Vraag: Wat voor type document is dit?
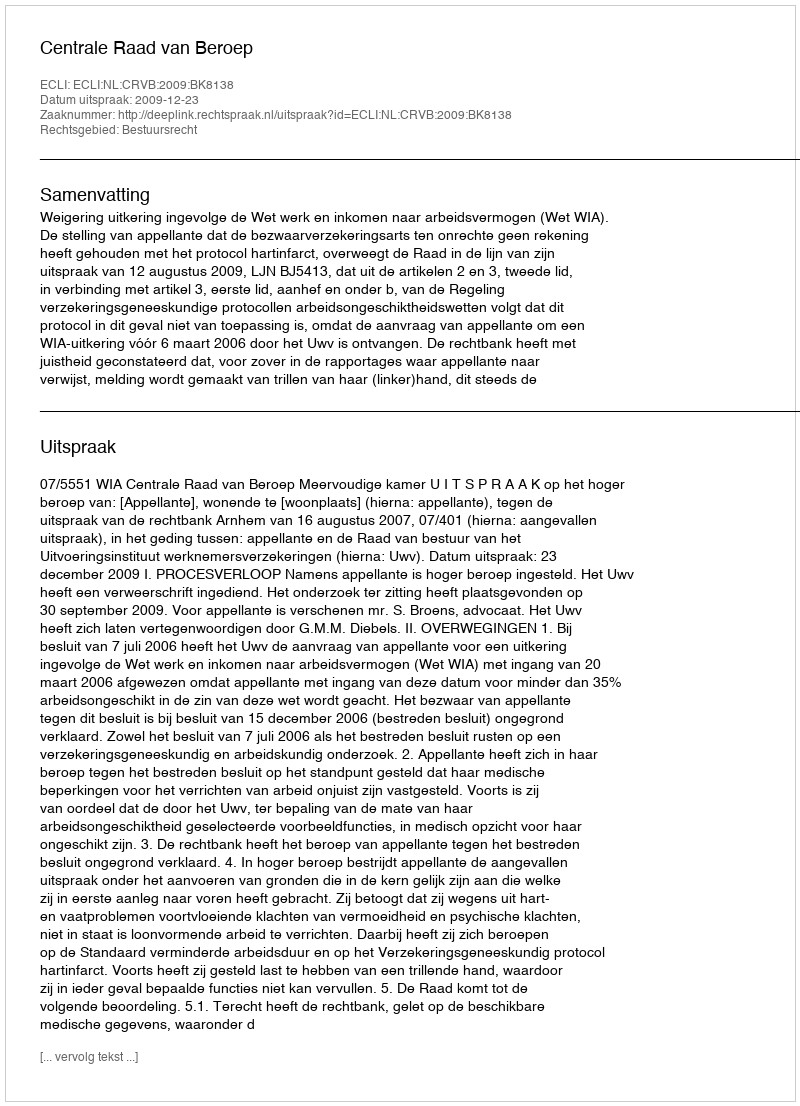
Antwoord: Uitspraak